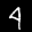
Label: 4